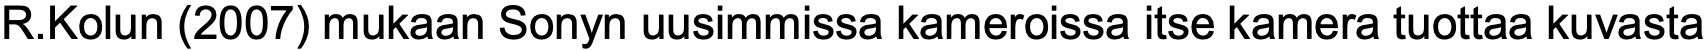
R.Kolun (2007) mukaan Sonyn uusimmissa kameroissa itse kamera tuottaa kuvasta